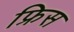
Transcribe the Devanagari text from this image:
फ्रिस